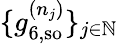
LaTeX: \{ g_{6,\mathrm{{so}}}^{(n_{j})}\} _{j\in\mathbb{N}}